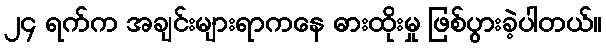
၂၄ ရက်က အချင်းများရာကနေ ဓားထိုးမှု ဖြစ်ပွားခဲ့ပါတယ်။